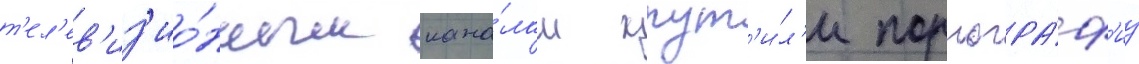
т'ел'ев'из'ио́нным кана́лам крут'и́л'и порногра́ф'иу